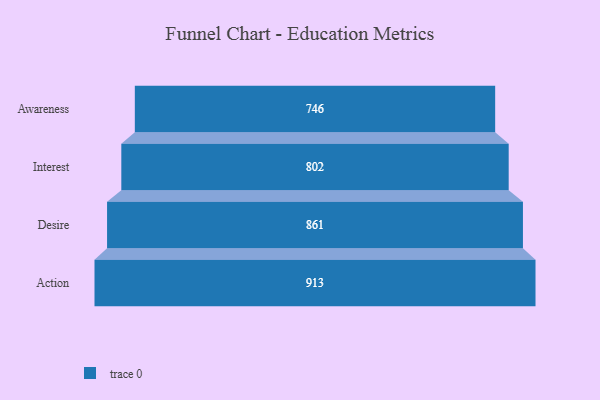
{"axis": {"x": "Stage", "y": "Value"}, "legend": [""], "data": [{"x": "Awareness", "y": 746.0, "type": ""}, {"x": "Interest", "y": 802.0, "type": ""}, {"x": "Desire", "y": 861.0, "type": ""}, {"x": "Action", "y": 913.0, "type": ""}]}